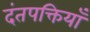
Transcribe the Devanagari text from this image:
दंतपक्तियाँ